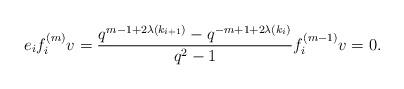
LaTeX: \begin{align*}e_if_i^{(m)}v = \frac{q^{m-1+2\lambda(k_{i+1})}-q^{-m+1+2\lambda(k_i)}}{q^2-1} f_i^{(m-1)}v =0.\end{align*}